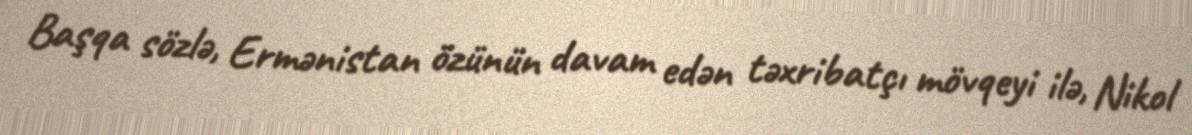
Başqa sözlə, Ermənistan özünün davam edən təxribatçı mövqeyi ilə, Nikol